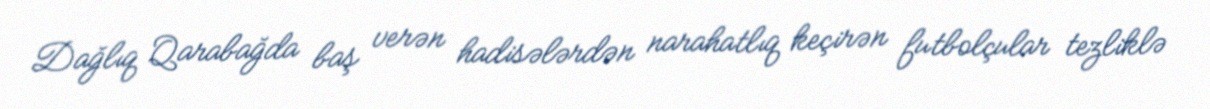
Dağlıq Qarabağda baş verən hadisələrdən narahatlıq keçirən futbolçular tezliklə